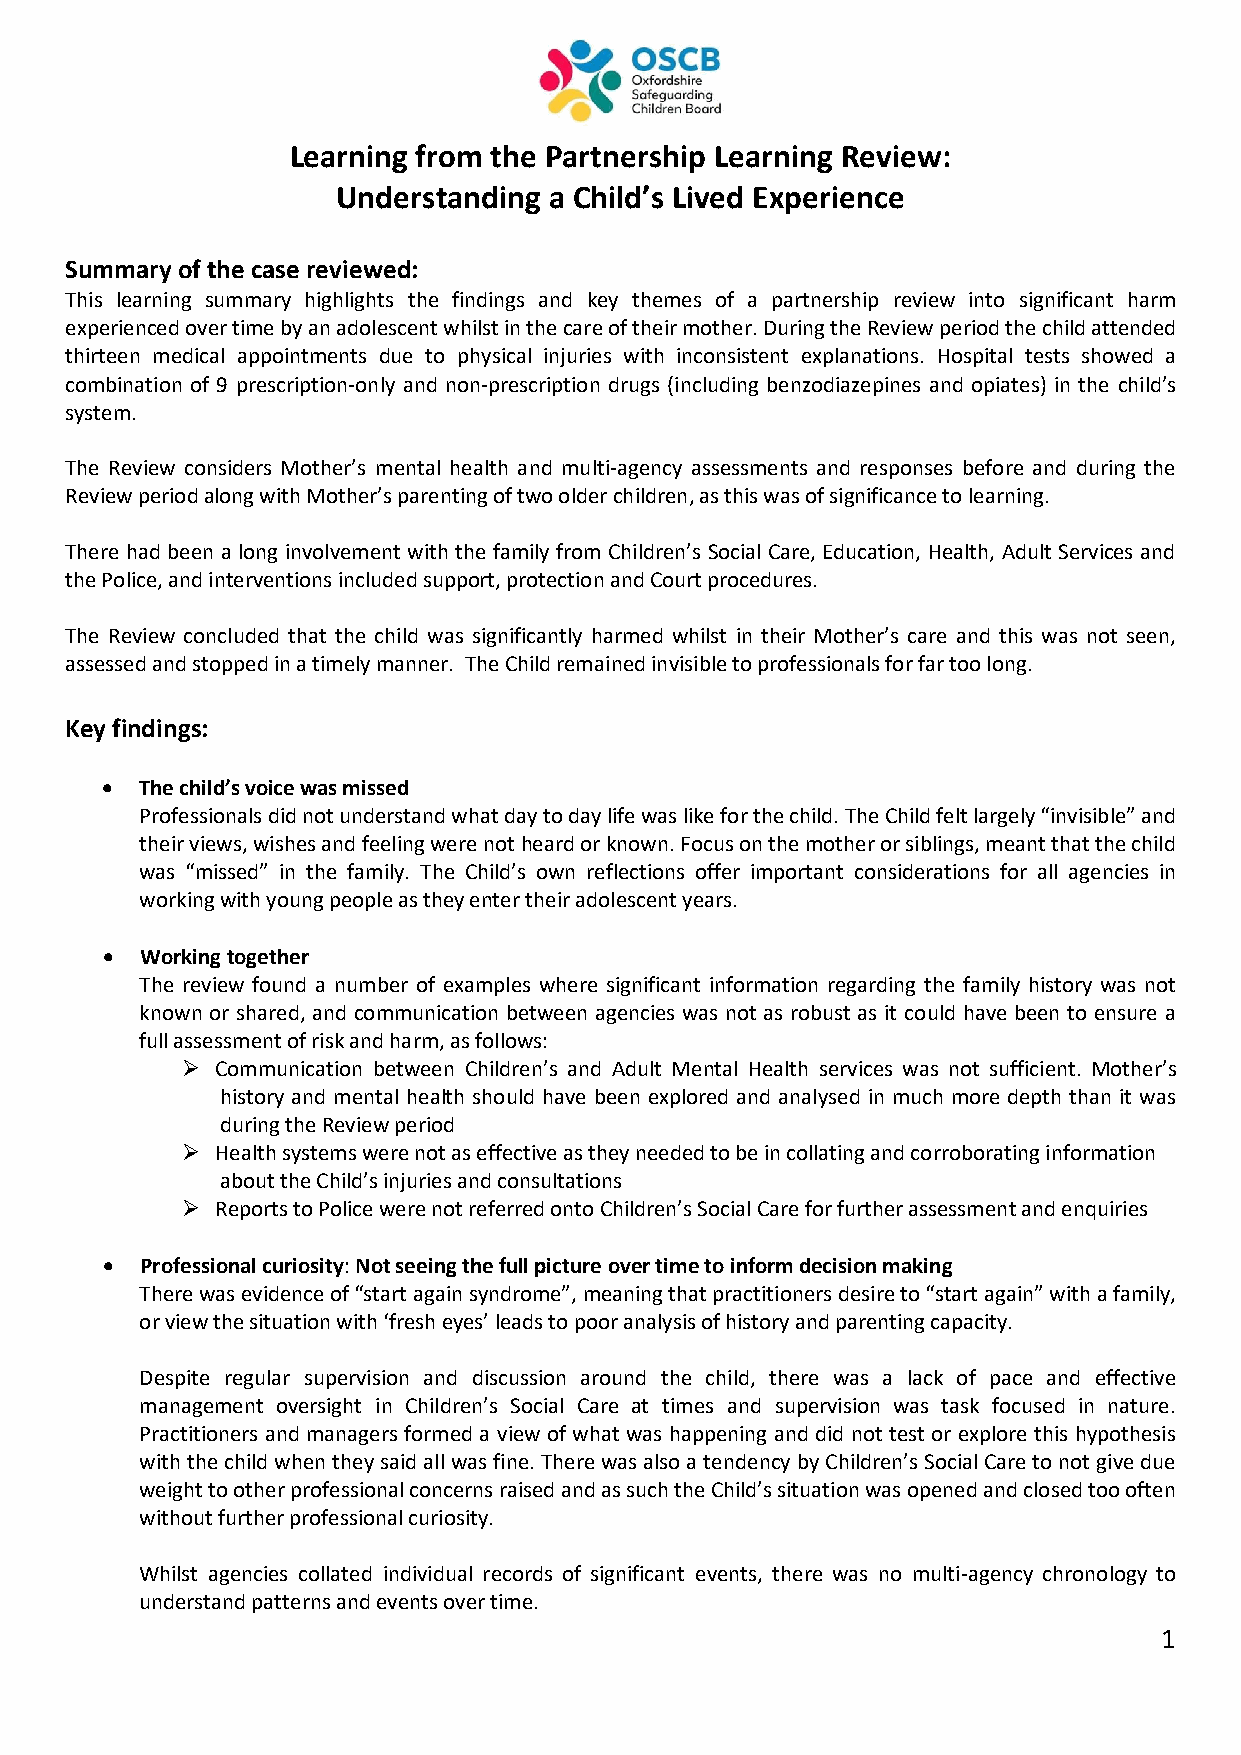
Learning from the Partnership Learning Review:
 Understanding a Child’s Lived Experience
 Summary of the case reviewed:
 This learning summary highlights the findings and key themes of a partnership review into significant harm
 experienced over time by an adolescent whilst in the care of their mother. During the Review period the child attended
 thirteen medical appointments due to physical injuries with inconsistent explanations. Hospital tests showed a
 combination of 9 prescription-only and non-prescription drugs (including benzodiazepines and opiates) in the child’s
 system.
 The Review considers Mother’s mental health and multi-agency assessments and responses before and during the
 Review period along with Mother’s parenting of two older children, as this was of significance to learning.
 There had been a long involvement with the family from Children’s Social Care, Education, Health, Adult Services and
 the Police, and interventions included support, protection and Court procedures.
 The Review concluded that the child was significantly harmed whilst in their Mother’s care and this was not seen,
 assessed and stopped in a timely manner. The Child remained invisible to professionals for far too long.
 Key findings:
 • The child’s voice was missed
 Professionals did not understand what day to day life was like for the child. The Child felt largely “invisible” and
 their views, wishes and feeling were not heard or known. Focus on the mother or siblings, meant that the child
 was “missed” in the family. The Child’s own reflections offer important considerations for all agencies in
 working with young people as they enter their adolescent years.
 • Working together
 The review found a number of examples where significant information regarding the family history was not
 known or shared, and communication between agencies was not as robust as it could have been to ensure a
 full assessment of risk and harm, as follows:
 ➢ Communication between Children’s and Adult Mental Health services was not sufficient. Mother’s
 history and mental health should have been explored and analysed in much more depth than it was
 during the Review period
 ➢ Health systems were not as effective as they needed to be in collating and corroborating information
 about the Child’s injuries and consultations
 ➢ Reports to Police were not referred onto Children’s Social Care for further assessment and enquiries
 • Professional curiosity: Not seeing the full picture over time to inform decision making
 There was evidence of “start again syndrome”, meaning that practitioners desire to “start again” with a family,
 or view the situation with ‘fresh eyes’ leads to poor analysis of history and parenting capacity.
 Despite regular supervision and discussion around the child, there was a lack of pace and effective
 management oversight in Children’s Social Care at times and supervision was task focused in nature.
 Practitioners and managers formed a view of what was happening and did not test or explore this hypothesis
 with the child when they said all was fine. There was also a tendency by Children’s Social Care to not give due
 weight to other professional concerns raised and as such the Child’s situation was opened and closed too often
 without further professional curiosity.
 Whilst agencies collated individual records of significant events, there was no multi-agency chronology to
 understand patterns and events over time.
 1